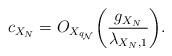
LaTeX: \begin{align*} c_{X_{N}}=O_{X_{q_{\mathcal{N}}}}\bigg(\frac{g_{X_{N}}}{\lambda_{X_{N},1}}\bigg).\end{align*}